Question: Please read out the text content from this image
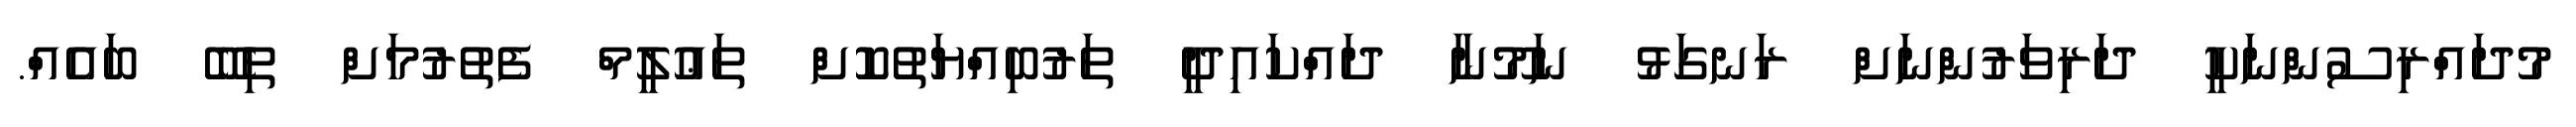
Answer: މުދައްރިސުންނަކީ ދަރިވަރުންނަށް ރަނގަޅު ނަމޫނާ ދައްކައިދީ ތަރުބިއްޔަތުކޮށް ތަޢުލީމް ފެތުރުމަށް ތިބޭ ބައެއް.